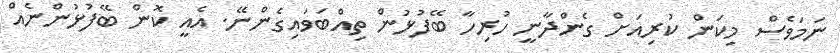
ނަމަވެސް މިކަން ކުރިއަށް ގެންދާނީ ހުރިހާ ބޭފުޅުން ތިއްބަވައިގެންނޭ. އެއީ ކޮން ބޭފުޅުންނެއް